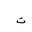
Letter: _ta